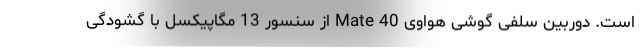
است. دوربین سلفی گوشی هواوی Mate 40 از سنسور 13 مگاپیکسل با گشودگی